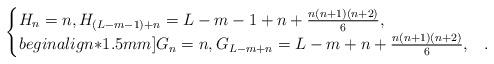
LaTeX: \begin{align*}\begin{cases} H_n = n, H_{(L-m-1) + n} = L - m - 1 + n + \frac{n(n+1)(n+2)}{6}, & \\begin{align*}1.5mm] G_n = n, G_{L-m + n} = L - m + n + \frac{n(n+1)(n+2)}{6}, & .\end{cases}\end{align*}